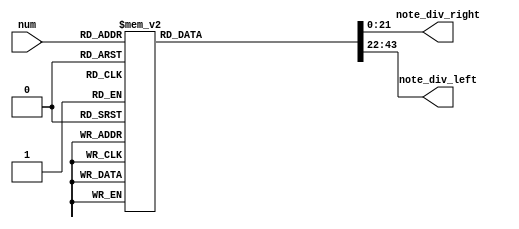
`timescale 1ns / 1ps
//////////////////////////////////////////////////////////////////////////////////
// Company: 
// Engineer: 
// 
// Design Name: 
// Module Name: fre_select_lose
// Project Name: 
// Target Devices: 
// Tool Versions: 
// Description: 
// 
// Dependencies: 
// 
// Revision:
// Revision 0.01 - File Created
// Additional Comments:
// 
//////////////////////////////////////////////////////////////////////////////////


module fre_select_lose(
    input [3:0]num,
    output reg [21:0]note_div_right,
    output reg [21:0]note_div_left
    );
    
    always@*
    case(num)
    4'd0: begin note_div_right = 22'd63775; note_div_left = 22'd63775; end
    4'd1: begin note_div_right = 22'd71633; note_div_left = 22'd71633; end
    4'd2: begin note_div_right = 22'd75758; note_div_left = 22'd75758; end
    4'd3: begin note_div_right = 22'd95420; note_div_left = 22'd95420; end
    4'd4: begin note_div_right = 22'd0; note_div_left = 22'd0; end
    4'd9: begin note_div_right = 22'd0; note_div_left = 22'd0; end
    4'd5: begin note_div_right = 22'd63775; note_div_left = 22'd63775; end
    4'd6: begin note_div_right = 22'd71633; note_div_left = 22'd71633; end
    4'd7: begin note_div_right = 22'd75758; note_div_left = 22'd75758; end
    4'd8: begin note_div_right = 22'd95420; note_div_left = 22'd95420; end
    default : begin note_div_right = 22'd0; note_div_left = 22'd0; end
    endcase
    
endmodule